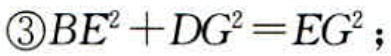
\(\textcircled{3}BE^{2}+DG^{2}=EG^{2};\)